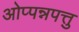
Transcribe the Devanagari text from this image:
ओप्पन्नपत्तु